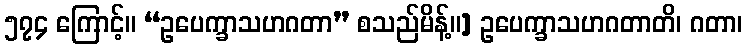
၅၇၄ ကြောင့်။ “ဥပေက္ခာသဟဂတာ” စသည်မိန့်။] ဥပေက္ခာသဟဂတာတိ၊ ဂတာ၊